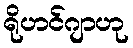
ရိုဟင်ဂျာဟု